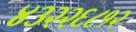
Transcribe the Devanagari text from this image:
४३२२६८१२